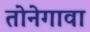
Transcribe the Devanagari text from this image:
तोनेगावा